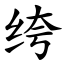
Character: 绔